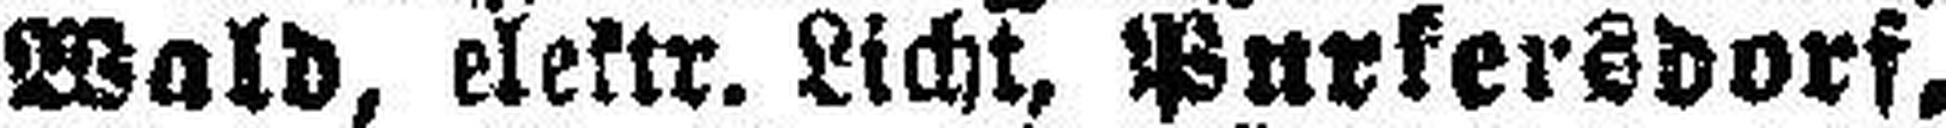
Wald, elektr. Licht, Purkersdorf,